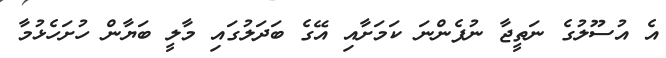
އެ އުސޫލުގެ ނަތީޖާ ނުފެންނަ ކަމަަށާއި އޭގެ ބަދަލުގައި މާލީ ބަޔާން ހުށަހެޅުމާ